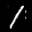
Label: 1